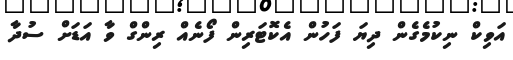
އަވިކް ނިކުމެގެން ދިޔަ ފަހުން އެކޮޓަރިން ފޯނެއް ރިންގް ވާ އަޑަށް ސުދާ